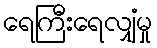
ရေကြီးရေလျှံမှု